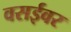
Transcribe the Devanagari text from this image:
वसईवर